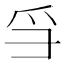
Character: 𪺍